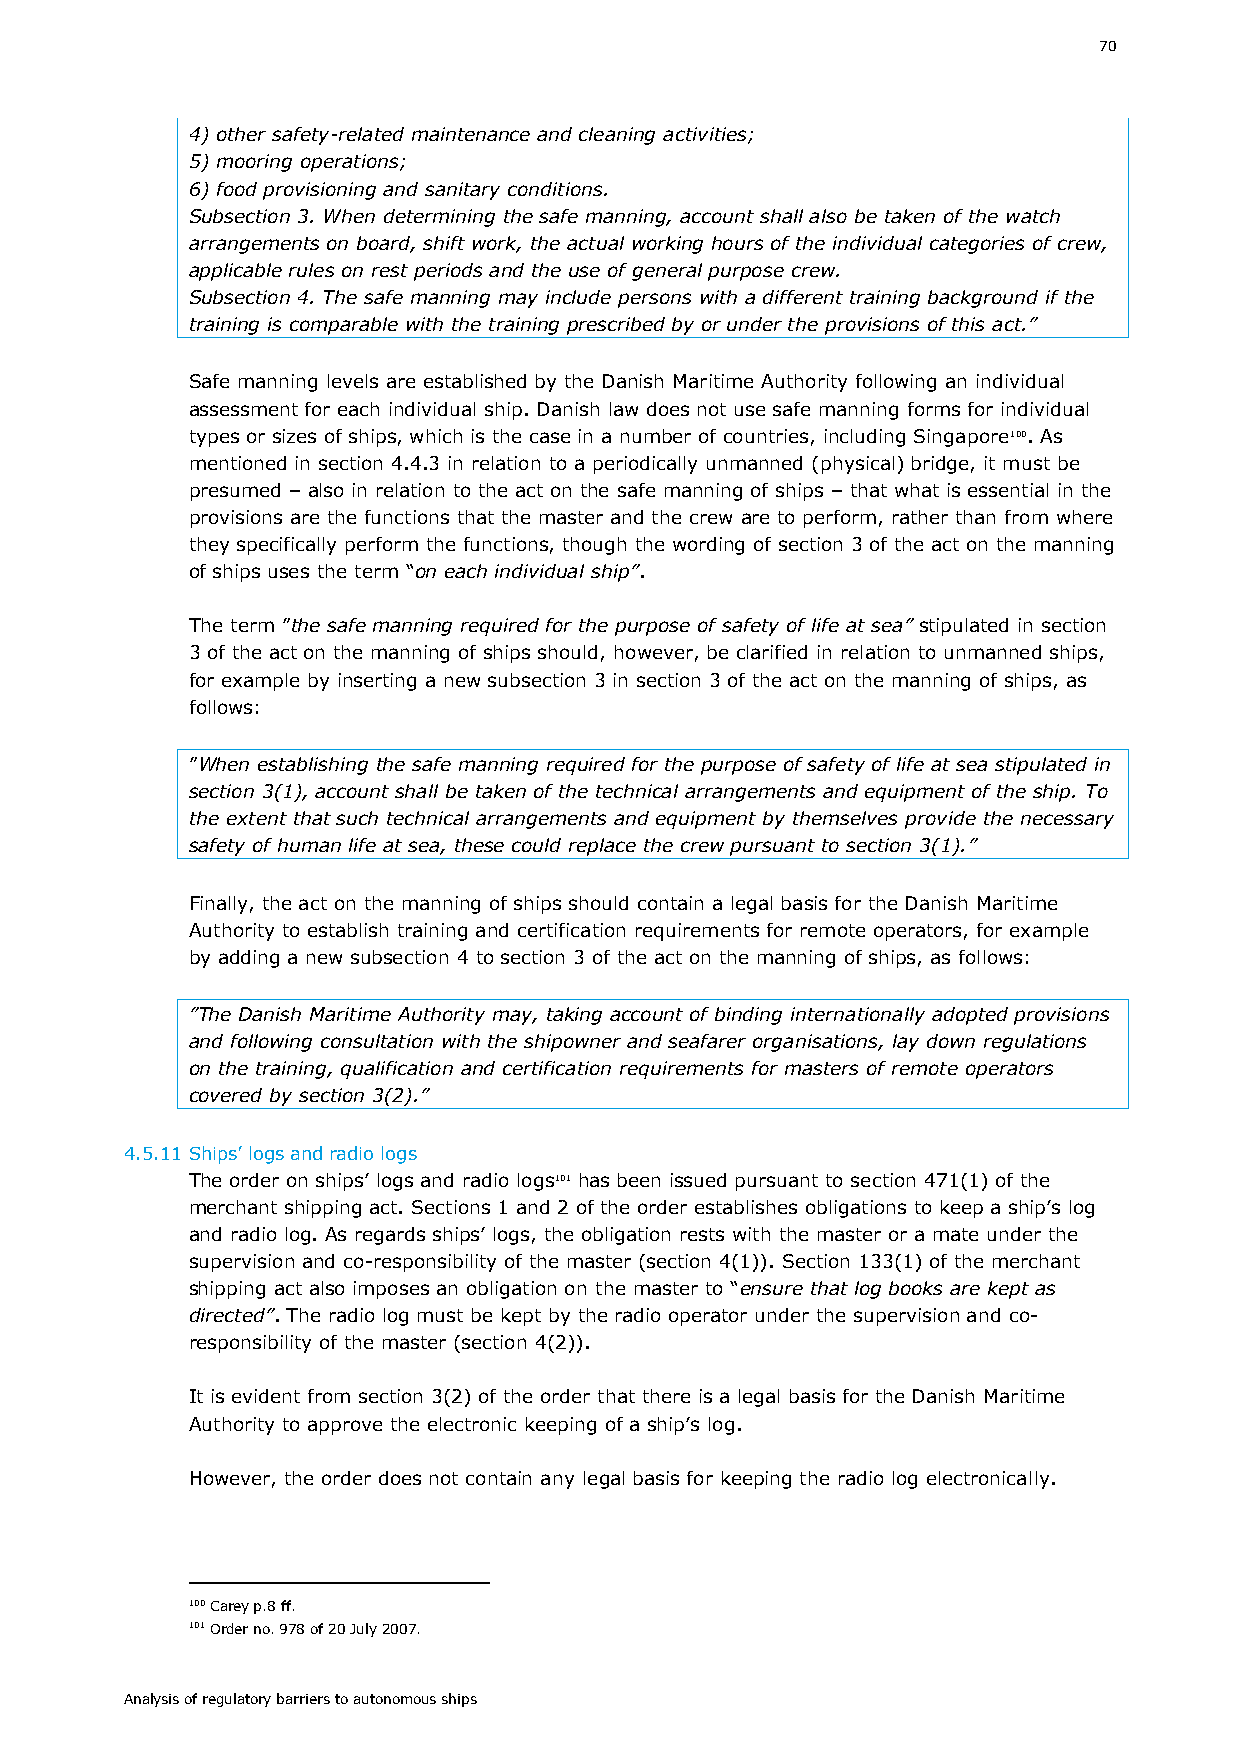
70
 4) other safety-related maintenance and cleaning activities;
 5) mooring operations;
 6) food provisioning and sanitary conditions.
 Subsection 3. When determining the safe manning, account shall also be taken of the watch
 arrangements on board, shift work, the actual working hours of the individual categories of crew,
 applicable rules on rest periods and the use of general purpose crew.
 Subsection 4. The safe manning may include persons with a different training background if the
 training is comparable with the training prescribed by or under the provisions of this act.”
 Safe manning levels are established by the Danish Maritime Authority following an individual
 assessment for each individual ship. Danish law does not use safe manning forms for individual
 types or sizes of ships, which is the case in a number of countries, including Singapore100. As
 mentioned in section 4.4.3 in relation to a periodically unmanned (physical) bridge, it must be
 presumed – also in relation to the act on the safe manning of ships – that what is essential in the
 provisions are the functions that the master and the crew are to perform, rather than from where
 they specifically perform the functions, though the wording of section 3 of the act on the manning
 of ships uses the term “on each individual ship”.
 The term ”the safe manning required for the purpose of safety of life at sea” stipulated in section
 3 of the act on the manning of ships should, however, be clarified in relation to unmanned ships,
 for example by inserting a new subsection 3 in section 3 of the act on the manning of ships, as
 follows:
 ”When establishing the safe manning required for the purpose of safety of life at sea stipulated in
 section 3(1), account shall be taken of the technical arrangements and equipment of the ship. To
 the extent that such technical arrangements and equipment by themselves provide the necessary
 safety of human life at sea, these could replace the crew pursuant to section 3(1).”
 Finally, the act on the manning of ships should contain a legal basis for the Danish Maritime
 Authority to establish training and certification requirements for remote operators, for example
 by adding a new subsection 4 to section 3 of the act on the manning of ships, as follows:
 ”The Danish Maritime Authority may, taking account of binding internationally adopted provisions
 and following consultation with the shipowner and seafarer organisations, lay down regulations
 on the training, qualification and certification requirements for masters of remote operators
 covered by section 3(2).”
 4.5.11 Ships’ logs and radio logs
 The order on ships’ logs and radio logs101 has been issued pursuant to section 471(1) of the
 merchant shipping act. Sections 1 and 2 of the order establishes obligations to keep a ship’s log
 and radio log. As regards ships’ logs, the obligation rests with the master or a mate under the
 supervision and co-responsibility of the master (section 4(1)). Section 133(1) of the merchant
 shipping act also imposes an obligation on the master to “ensure that log books are kept as
 directed”. The radio log must be kept by the radio operator under the supervision and co-
 responsibility of the master (section 4(2)).
 It is evident from section 3(2) of the order that there is a legal basis for the Danish Maritime
 Authority to approve the electronic keeping of a ship’s log.
 However, the order does not contain any legal basis for keeping the radio log electronically.
 100 Carey p.8 ff.
 101 Order no. 978 of 20 July 2007.
 Analysis of regulatory barriers to autonomous ships